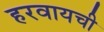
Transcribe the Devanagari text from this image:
हरवायची